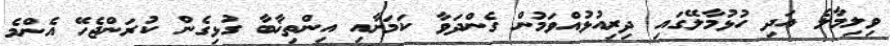
ވިލިމާލެ އަދި ހުޅުމާލޭގައި ދިރިއުޅުއްވަމުން ގެންދަވާ ކަމަށާއި އިންތިޚާބާ ގުޅިގެން ކުރަންޖެހޭ އެންމެ